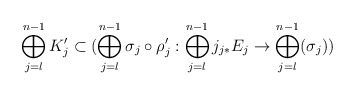
\begin{align*}\bigoplus_{j = l}^{n-1} K_j' \subset (\bigoplus_{j=l}^{n-1} \sigma_j \circ \rho_j' : \bigoplus_{j = l}^{n-1} j_{j*} E_j \rightarrow \bigoplus_{j = l}^{n-1} (\sigma_j))\end{align*}